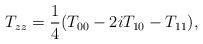
LaTeX: \begin{align*}T_{zz}=\frac{1}{4}(T_{00}-2iT_{10}-T_{11}),\end{align*}